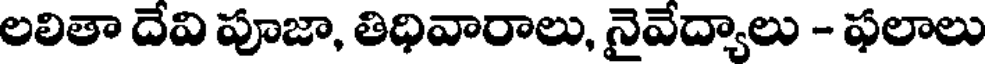
లలితా దేవి పూజా, తిధివారాలు, నైవేద్యాలు - ఫలాలు